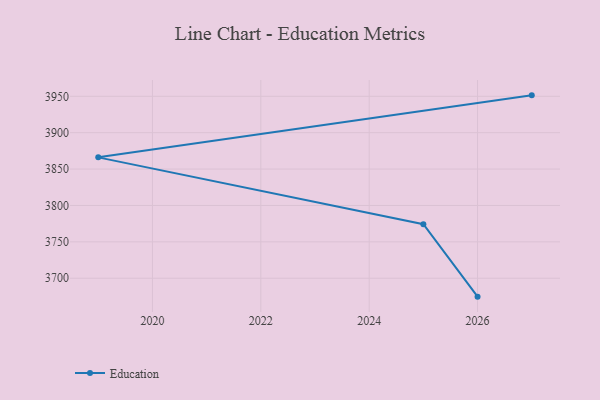
{"axis": {"x": "Year", "y": "Inventory Turnover"}, "legend": ["Education"], "data": [{"x": "2027", "y": 3951.3, "type": "Education"}, {"x": "2019", "y": 3866.1, "type": "Education"}, {"x": "2025", "y": 3774.3, "type": "Education"}, {"x": "2026", "y": 3674.7, "type": "Education"}]}